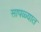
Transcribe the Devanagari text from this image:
सापळ्यात